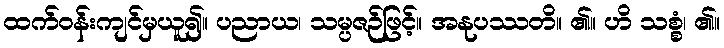
ထက်ဝန်းကျင်မှယူ၍။ ပညာယ၊ သမ္ပဇဉ်ဖြင့်။ အနုပဿတိ။ ၏။ ဟိ သစ္စံ၊ ၏။